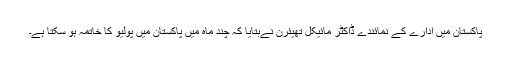
پاکستان میں ادارے کے نمائندے ڈاکٹر مائیکل تھیئرن نےبتایا کہ چند ماہ میں پاکستان میں پولیو کا خاتمہ ہو سکتا ہے۔